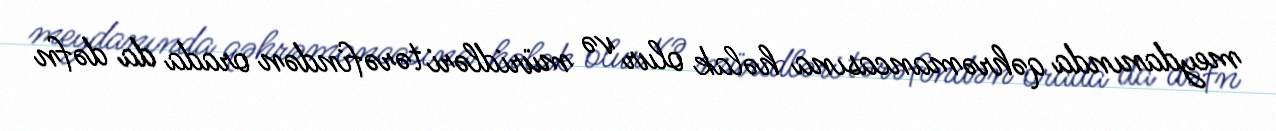
meydanında qəhrəmancasına həlak olur və müridləri tərəfindən orada da dəfn